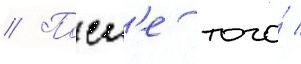
// Посл'е того́ /